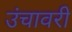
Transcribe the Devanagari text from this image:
उंचावरी